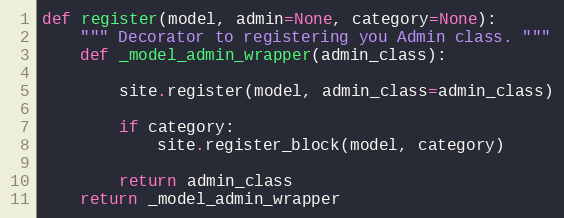
Language: Python
def register(model, admin=None, category=None):
    """ Decorator to registering you Admin class. """
    def _model_admin_wrapper(admin_class):

        site.register(model, admin_class=admin_class)

        if category:
            site.register_block(model, category)

        return admin_class
    return _model_admin_wrapper